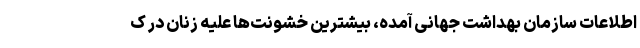
اطلاعات سازمان بهداشت جهانی آمده، بیشترین خشونت‌ها علیه زنان در ک